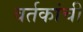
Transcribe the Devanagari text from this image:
वर्तकांची